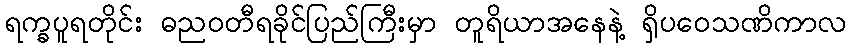
ရက္ခပူရတိုင်း ဓညဝတီရခိုင်ပြည်ကြီးမှာ တူရိယာအနေနဲ့ ရှိပဝေသဏိကာလ